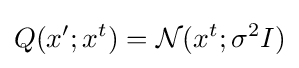
Q(x';x^{t})={\mathcal {N}}(x^{t};\sigma ^{2}I)